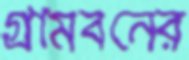
গ্রামবনের